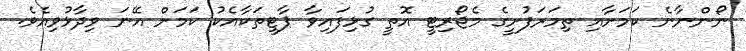
ނޯންނާނެ ކަމަށާއި ތިމަރަފުށީގެ މެޖޯރިޓީ އޮތީ ގުޅިފައިވާ ޕާޓީތަކާއެކު ކަމަށް އޭނަ ވިދާޅުވިއެވެ.